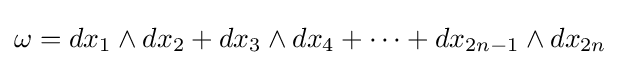
\omega =dx_{1}\wedge dx_{2}+dx_{3}\wedge dx_{4}+\cdots +dx_{2n-1}\wedge dx_{2n}